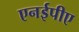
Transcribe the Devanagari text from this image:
एनईपीए